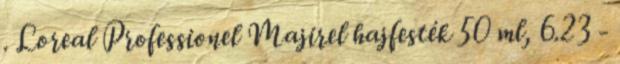
. Loreal Professionel Majirel hajfesték 50 ml, 6.23 -